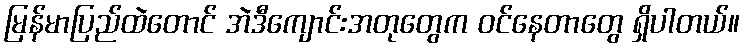
မြန်မာပြည်ထဲတောင် အဲဒီကျောင်းအတုတွေက ဝင်နေတာတွေ ရှိပါတယ်။